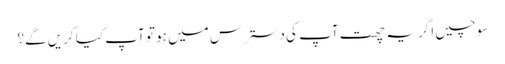
سوچیں اگر یہ چھت آپ کی دسترس میں ہو تو آپ کیا کریں گے؟